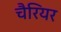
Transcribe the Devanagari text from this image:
चैरियर